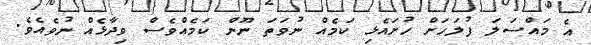
އެ މައްސަލަ ފުލަހަށް ހުށައެޅި ކަމެއް ނުވަތަ ނޫން ކަމެއްވެސް ވިދާޅެއް ނުވެއެވެ.